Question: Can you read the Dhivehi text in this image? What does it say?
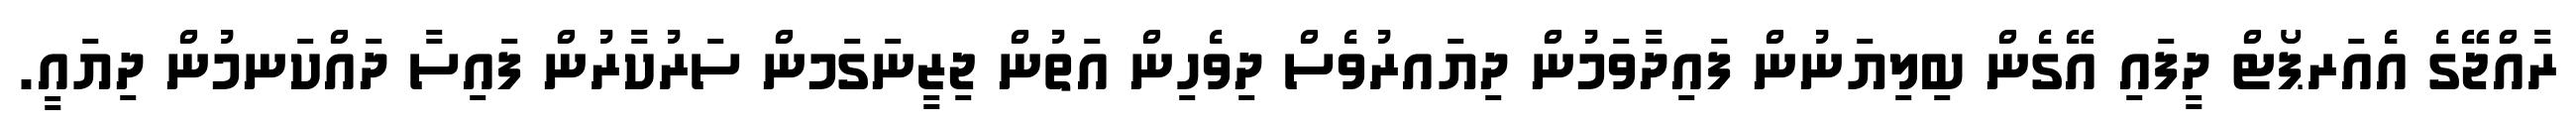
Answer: ރާއްޖޭގެ އެއަރޕޯޓް ދީފައި އޭގެން ބިލިޔަނުން ފައިދާވަމުން ދިޔައރުވެސް ދިވެހިން އަތުން ޖިޒީނަގަމން ސަރުކާރުން ފައިސާ ދައްކަނމުން ދިޔައީ.